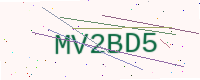
Text: MV2BD5